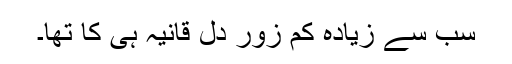
سب سے زیادہ کم زور دل قانیہ ہی کا تھا۔